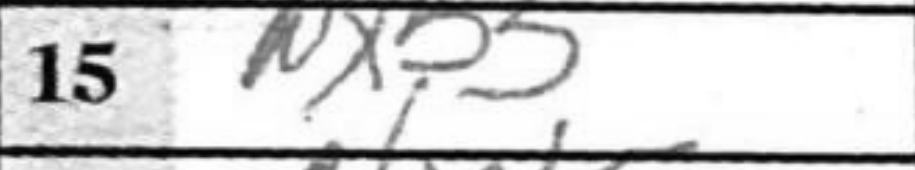
Transcription: Nxb5